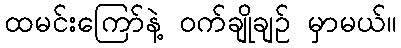
ထမင်းကြော်နဲ့ ဝက်ချိုချဉ် မှာမယ်။